Indian journal of veterinary science and animal husbandry - Volumes 18-21, 1948-1951
Year: 1948
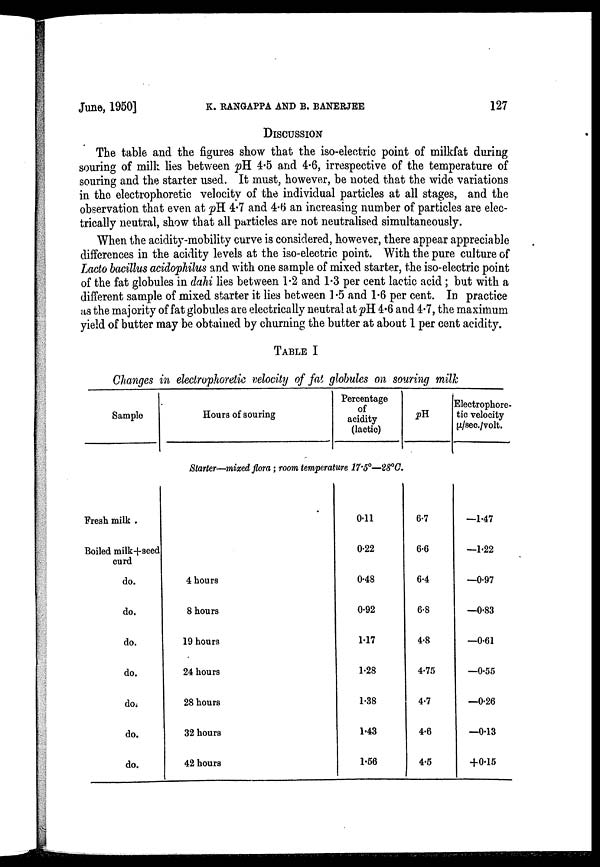
June, 1950]
K.
RANGAPPA
AND
B.
BANERJEE
127
DISCUSSION
The table and the figures show that the iso-electric point of milkfat during
souring of milk lies between pH 4.5 and 4.6, irrespective of the temperature of
souring and the starter used. It must, however, be noted that the wide variations
in the electrophoretic velocity of the individual particles at all stages, and the
observation that even at pH 4.7 and 4.6 an increasing number of particles are elec-
trically neutral, show that all particles are not neutralised simultaneously.
When the acidity-mobility curve is considered, however, there appear appreciable
differences in the acidity levels at the iso-electric point. With the pure culture of
Lacto bacillus acidophilus and with one sample of mixed starter, the iso-electric point
of the fat globules in dahi lies between 1.2 and 1.3 per cent lactic acid ; but with a
different sample of mixed starter it lies between 1.5 and 1.6 per cent. In practice
as the majority of fat globules are electrically neutral at pH 4.6 and 4.7, the maximum
yield of butter may be obtained by churning the butter at about 1 per cent acidity.
TABLE I
Changes in electrophoretic velocity of fat globules on souring milk
Sample
Fresh milk .
Boiled milk+seed
curd
do.
do.
do.
do.
do.
do.
do.
Hours of souring
Percentage
of
acidity
(lactic)
Starter—mixed flora ; room temperature 17.5°—28°C.
4 hours
8 hours
19 hours
24 hours
28 hours
32 hours
42 hours
0.11
0.22
0.48
0.92
1.17
1.28
1.38
1.43
1.56
pH
6.7
6.6
6.4
6.8
4.8
4.75
4.7
4.6
4.5
Electrophore-
tic velocity
µ/sec./volt.
—1.47
—1.22
—0.97
—0.83
—0.61
—0.55
—0.26
—0.13
+0.16